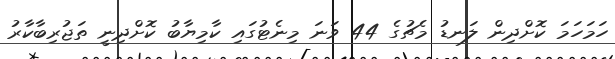
ހަމަހަމަ ކޮށްދިން ލަނޑު މެޗުގެ 44 ވަނަ މިނެޓުގައި ކާމިޔާބު ކޮށްދިނީ ތަޖުރިބާކާރު